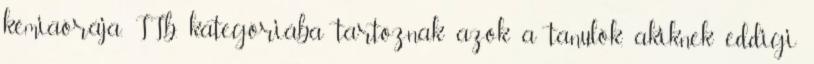
kémiaórája. II.b. kategóriába tartoznak azok a tanulók, akiknek eddigi